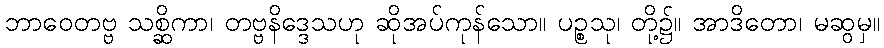
ဘာဝေတဗ္ဗ သစ္ဆိကာ၊ တဗ္ဗနိဒ္ဒေသဟု ဆိုအပ်ကုန်သော။ ပဉ္စသု၊ တို့၌။ အာဒိတော၊ မဆွမှ။